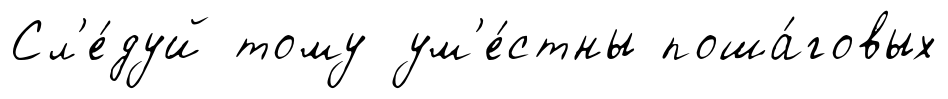
Сл'е́дуй тому ум'е́стны поша́говых